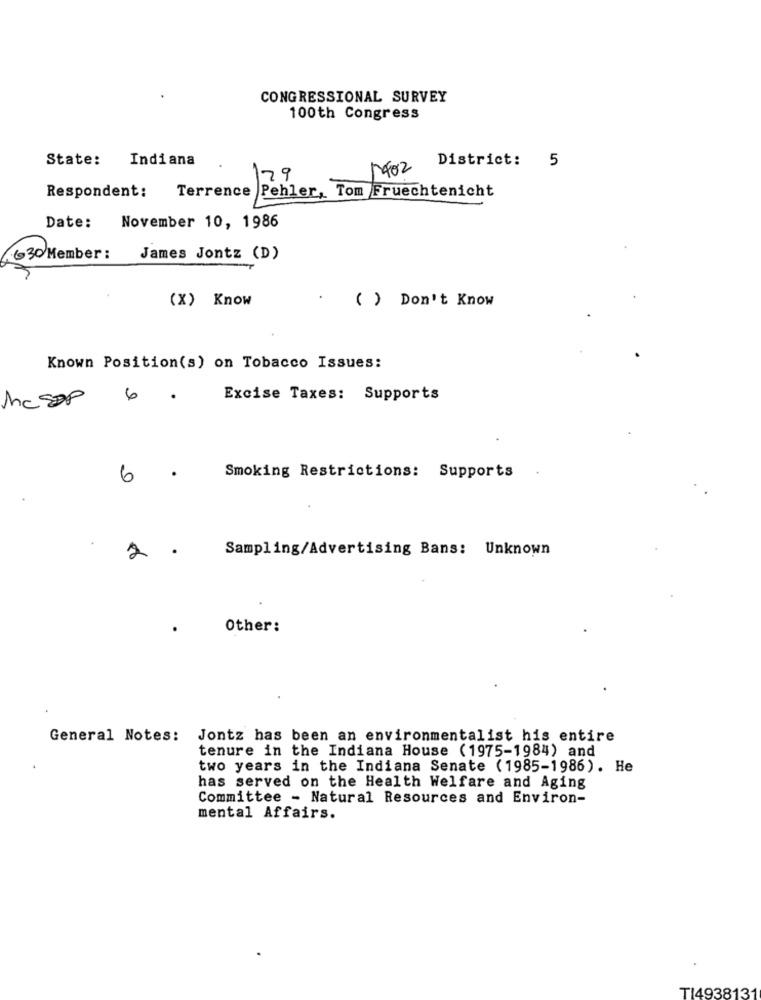
CONGRESSIONAL SURVEY
100th Congress
State:
Indiana
District: 5
29
Terrence Pehler, Tom Fruechtenicht
Respondent:
Date: November 10, 1986
630 Member :
James Jontz (D)
(X) Know
( ) Don't Know
Known Position(s) on Tobacco Issues:
McSap
6
.
Excise Taxes: Supports
6
Smoking Restrictions: Supports
2
Sampling/Advertising Bans: Unknown
Other:
General Notes: Jontz has been an environmentalist his entire
tenure in the Indiana House (1975-1984) and
two years in the Indiana Senate (1985-1986). He
has served on the Health Welfare and Aging
Committee - Natural Resources and Environ-
mental Affairs.
T14938131